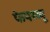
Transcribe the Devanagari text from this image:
फेयरव्यू